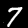
Digit: 7